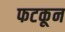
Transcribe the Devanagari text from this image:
फटकून